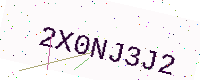
Text: 2X0NJ3J2